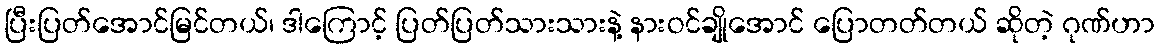
ပြီးပြတ်အောင်မြင်တယ်၊ ဒါကြောင့် ပြတ်ပြတ်သားသားနဲ့ နားဝင်ချိုအောင် ပြောတတ်တယ် ဆိုတဲ့ ဂုဏ်ဟာ